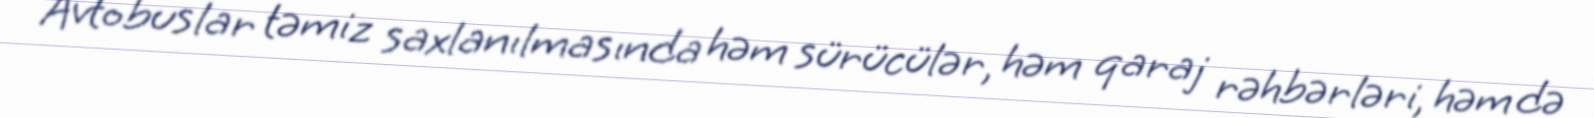
Avtobuslar təmiz saxlanılmasında həm sürücülər, həm qaraj rəhbərləri, həm də